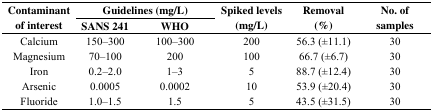
<table><thead><tr><td rowspan="2"><b>Contaminant of interest</b></td><td colspan="2"><b>Guidelines (mg/L)</b></td><td rowspan="2"><b>Spiked levels (mg/L)</b></td><td rowspan="2"><b>Removal (%)</b></td><td rowspan="2"><b>No. of samples</b></td></tr><tr><td><b>SANS 241</b></td><td><b>WHO</b></td></tr></thead><tbody><tr><td>Calcium</td><td>150–300</td><td>100–300</td><td>200</td><td>56.3 (±11.1)</td><td>30</td></tr><tr><td>Magnesium</td><td>70–100</td><td>200</td><td>100</td><td>66.7 (±6.7)</td><td>30</td></tr><tr><td>Iron</td><td>0.2–2.0</td><td>1–3</td><td>5</td><td>88.7 (±12.4)</td><td>30</td></tr><tr><td>Arsenic</td><td>0.0005</td><td>0.0002</td><td>10</td><td>53.9 (±20.4)</td><td>30</td></tr><tr><td>Fluoride</td><td>1.0–1.5</td><td>1.5</td><td>5</td><td>43.5 (±31.5)</td><td>30</td></tr></tbody></table>